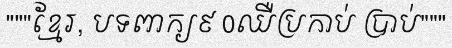
"""ខ្មែរ, បទពាក្យ៩ 0ឈឺប្រកាប់ ប្រាប់"""